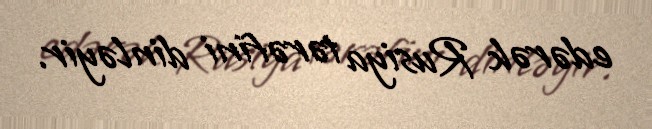
edərək Rusiya tərəfini dinləyir.